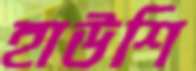
হাউশি